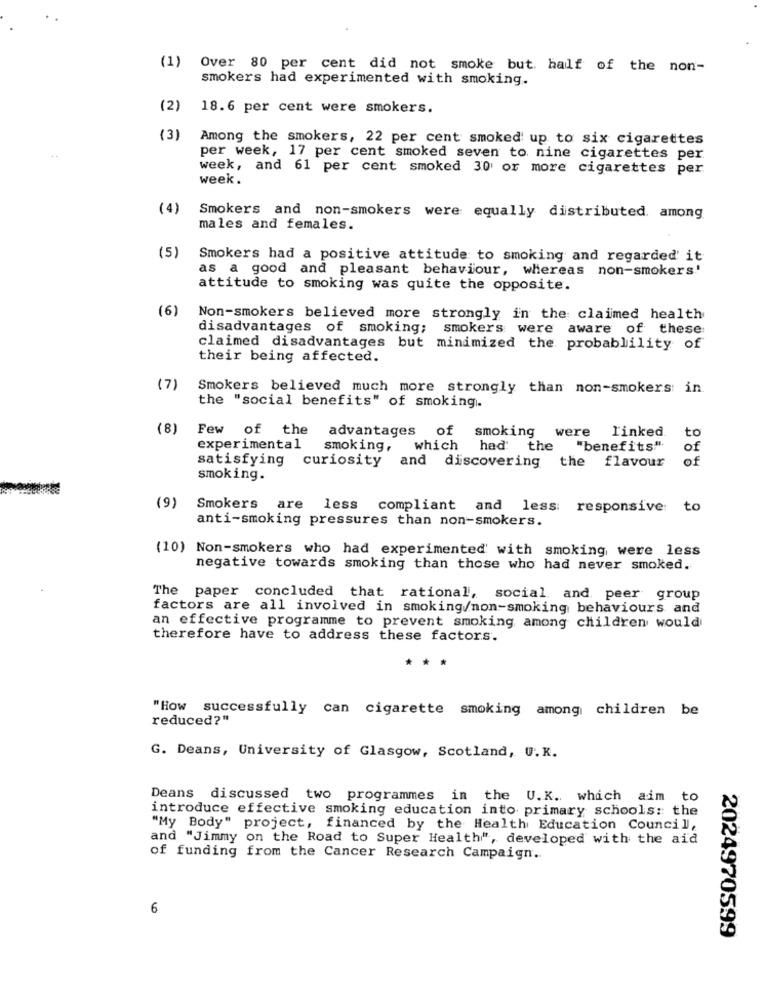
(1)
Over 80 per cent did not smoke but. half of the non-
smokers had experimented with smoking.
(2)
18.6 per cent were smokers.
(3)
Among the smokers, 22 per cent smoked up to six cigarettes
per week, 17 per cent smoked seven to nine cigarettes per
week, and 61 per cent smoked 30 or more cigarettes per
week.
(4)
Smokers and non-smokers were equally distributed. among
males and females.
(5)
Smokers had a positive attitude to smoking and regarded' it
as a good and pleasant behaviour, whereas non-smokers.'
attitude to smoking was quite the opposite.
(6)
Non-smokers believed more strongly in the claimed health
disadvantages of smoking; smokers were aware of these
claimed disadvantages but minimized the probablility of
their being affected.
(7)
Smokers believed much more strongly than non-smokers: in
the "social benefits" of smoking.
(8)
Few of the
advantages
of smoking were
linked.
to
experimental
smoking,
which
had the "benefits"
of
satisfying
curiosity
and discovering the flavour
of
smoking.
(9)
Smokers are less compliant and less: responsive: to
anti-smoking pressures than non-smokers.
(10) Non-smokers who had experimented' with smoking, were less
negative towards smoking than those who had never smoked.
The paper concluded that rational, social and peer group
factors are all involved in smoking/non-smoking behaviours and
an effective programme to prevent smoking among children would
therefore have to address these factors.
** *
"How successfully can cigarette smoking among children be
reduced?"
G. Deans, University of Glasgow, Scotland, U.K.
Deans discussed two programmes in the U.K. which aim to
introduce effective smoking education into primary schools: the
"My Body" project, financed by the Health Education Council,
and "Jimmy on the Road to Super Health", developed with the aid
of funding from the Cancer Research Campaign.
6
2024970599